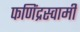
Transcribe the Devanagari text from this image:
फणिंद्रस्वामी